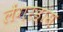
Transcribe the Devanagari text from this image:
लेंगरहांस